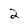
Character: 2